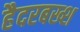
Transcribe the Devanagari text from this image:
हैदरबख्श